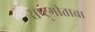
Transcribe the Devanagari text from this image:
राष्ट्र्गीताचा